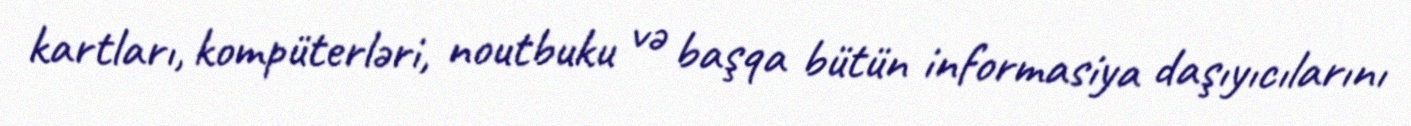
kartları, kompüterləri, noutbuku və başqa bütün informasiya daşıyıcılarını